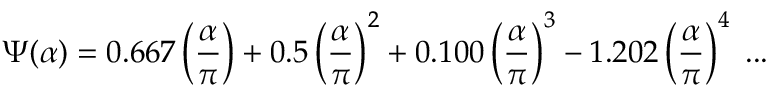
\Psi ( \alpha ) = 0 . 6 6 7 \left( { \frac { \alpha } { \pi } } \right) + 0 . 5 \left( { \frac { \alpha } { \pi } } \right) ^ { 2 } + 0 . 1 0 0 \left( { \frac { \alpha } { \pi } } \right) ^ { 3 } - 1 . 2 0 2 \left( { \frac { \alpha } { \pi } } \right) ^ { 4 } \; . . .